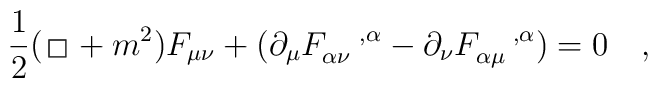
{1\over 2} ({\,\lower0.9pt\vbox{\hrule\hbox{\vrule height 0.2 cm \hskip 0.2 cm \vrule height0.2cm}\hrule}\,}+m^2) F_{\mu\nu} +(\partial_{\mu}F_{\alpha\nu}^{\quad,\alpha} -\partial_{\nu}F_{\alpha\mu}^{\quad,\alpha}) = 0 \quad,